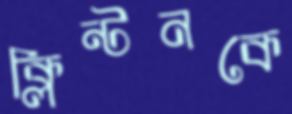
ক্লিন্টনকে